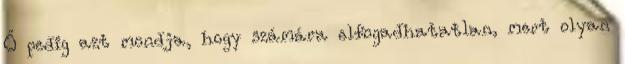
Ő pedig azt mondja, hogy számára elfogadhatatlan, mert olyan